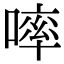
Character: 𠻜